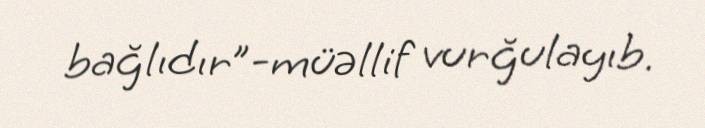
bağlıdır”-müəllif vurğulayıb.